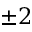
\pm 2